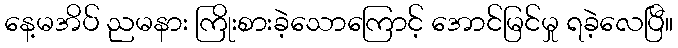
နေ့မအိပ် ညမနား ကြိုးစားခဲ့သောကြောင့် အောင်မြင်မှု ရခဲ့လေပြီ။